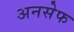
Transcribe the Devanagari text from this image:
अनसेफ